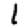
Digit: 1